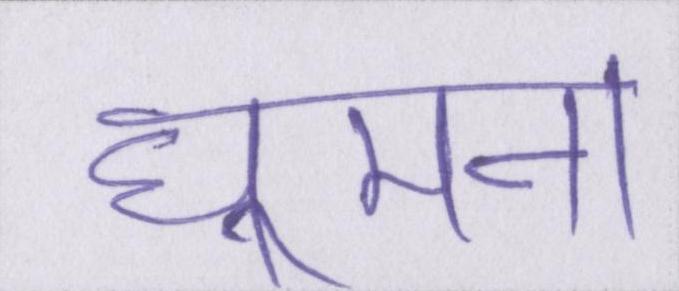
घूमना